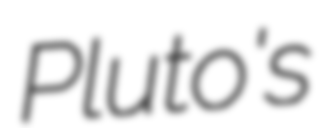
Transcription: Pluto's